Newspaper: Omaha daily bee.
Place of publication: Omaha [Neb.]
Publisher: Edward Rosewater
Date: 1900-06-21 00:00:00
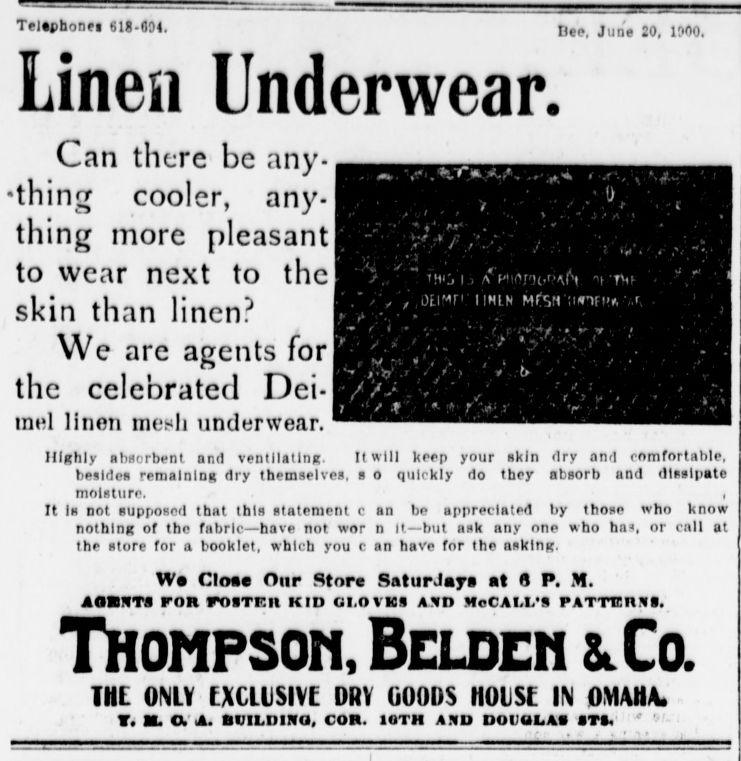
Advertisement text (OCR):
Telephone! 618-COI. Linen Underwear. Can there be any thing cooler, any thing more pleasant to wear next to the skin than linen? We are agents for the celebrated Dei miil linon mesh underwear. Highly absorbent am! ventilating. It will keep your skin dry and comfortable, besides remaining dry themselves, s o quickly do they absorb and dlsslpato moisture. , It Ih not supposed that this statement c an bo appreciated by those who know nothing of tho fabric have not wor n It but ask any ono who has, or call at the store for a booklet, which you c an have for tho asking. W CIoe Our Store Saturdays at 0 P. M. AdRSTS FOR FOSTF.lt KID GI.OVKS A.W) MoCAI.IS rATTBnJU. Thompson, Beldeh &.Co. THE ONLY EXCLUSIVE DRY GOODS HOUSE IN OMAHA n K. ca. build ma, con. iotii and douulas ti, ' Dee, June 20, 1000.
Label: illustrations